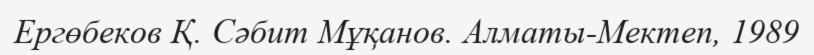
Ергөбеков Қ. Сәбит Мұқанов. Алматы-Мектеп, 1989